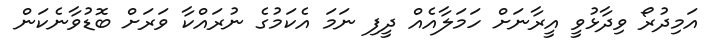
އަމިދުރޯ ވިދާޅުވީ އީރާނަށް ހަމަލާއެއް ދީފި ނަމަ އެކަމުގެ ނުރައްކާ ވަރަށް ބޮޑުވާނެކަން